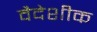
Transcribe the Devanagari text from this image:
वैदेशीक